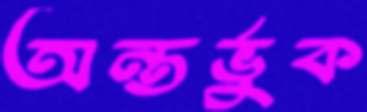
অন্তর্ভুক